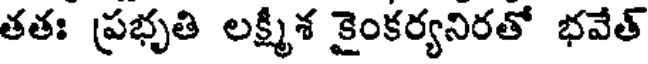
తతః ప్రభృతి లక్ష్మీశ కైంకర్యనిరతో భవేత్